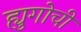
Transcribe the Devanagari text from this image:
ह्युगोची